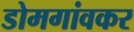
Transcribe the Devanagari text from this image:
डोमगांवकर